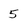
Character: 5